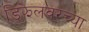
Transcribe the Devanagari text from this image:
डिझेलवरच्या